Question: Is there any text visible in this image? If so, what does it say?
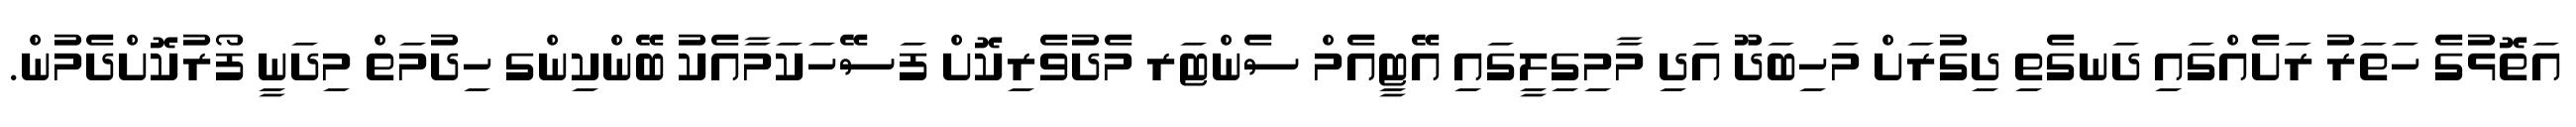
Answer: އަތޮޅުގެ ހަތަރު ރަށެއްގައި ދަނގެތި ދިގުރަށް މަހިބަދޫ އަދި މާމިގިލީގައި އޭޓީއެމް ސެންޓަރ މެދުވެރިކޮށް ފަސޭހަކަމާއެކު ބޭންކިންގ ހިދުމަތް މިދަނީ ފޯރުކޮށްދެމުން.